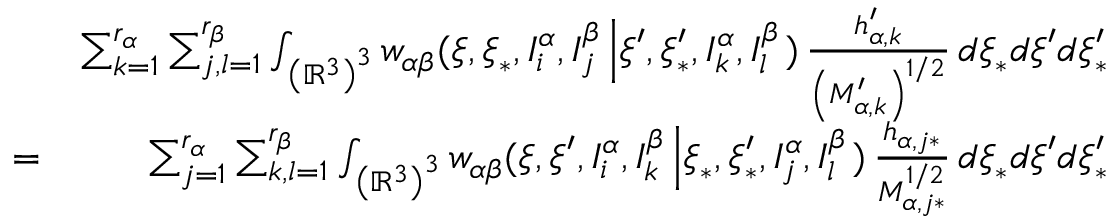
\begin{array} { r l r } & { } & { \sum _ { k = 1 } ^ { r _ { \alpha } } \sum _ { j , l = 1 } ^ { r _ { \beta } } \int _ { \left( \mathbb { R } ^ { 3 } \right) ^ { 3 } } w _ { \alpha \beta } ( \boldsymbol { \xi } , \boldsymbol { \xi } _ { \ast } , I _ { i } ^ { \alpha } , I _ { j } ^ { \beta } \left\vert \boldsymbol { \xi } ^ { \prime } , \boldsymbol { \xi } _ { \ast } ^ { \prime } , I _ { k } ^ { \alpha } , I _ { l } ^ { \beta } \right. ) \, \frac { h _ { \alpha , k } ^ { \prime } } { \left( M _ { \alpha , k } ^ { \prime } \right) ^ { 1 / 2 } } \, d \boldsymbol { \xi } _ { \ast } d \boldsymbol { \xi } ^ { \prime } d \boldsymbol { \xi } _ { \ast } ^ { \prime } } \\ & { = } & { \sum _ { j = 1 } ^ { r _ { \alpha } } \sum _ { k , l = 1 } ^ { r _ { \beta } } \int _ { \left( \mathbb { R } ^ { 3 } \right) ^ { 3 } } w _ { \alpha \beta } ( \boldsymbol { \xi } , \boldsymbol { \xi } ^ { \prime } , I _ { i } ^ { \alpha } , I _ { k } ^ { \beta } \left\vert \boldsymbol { \xi } _ { \ast } , \boldsymbol { \xi } _ { \ast } ^ { \prime } , I _ { j } ^ { \alpha } , I _ { l } ^ { \beta } \right. ) \, \frac { h _ { \alpha , j \ast } } { M _ { \alpha , j \ast } ^ { 1 / 2 } } \, d \boldsymbol { \xi } _ { \ast } d \boldsymbol { \xi } ^ { \prime } d \boldsymbol { \xi } _ { \ast } ^ { \prime } } \end{array}